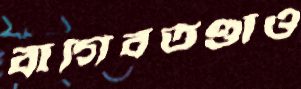
বাগিবতণ্ডাও